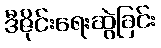
ဒီဇိုင်းရေးဆွဲခြင်း